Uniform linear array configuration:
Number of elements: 24
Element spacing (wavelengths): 0.25
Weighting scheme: hann
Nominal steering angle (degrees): -30
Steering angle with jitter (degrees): -29.597
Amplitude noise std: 0.05
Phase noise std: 0.05

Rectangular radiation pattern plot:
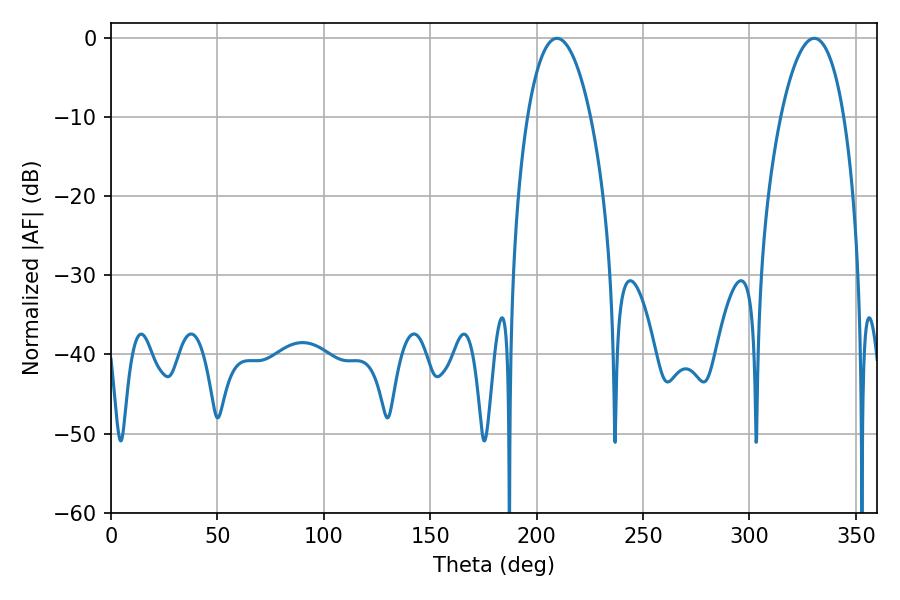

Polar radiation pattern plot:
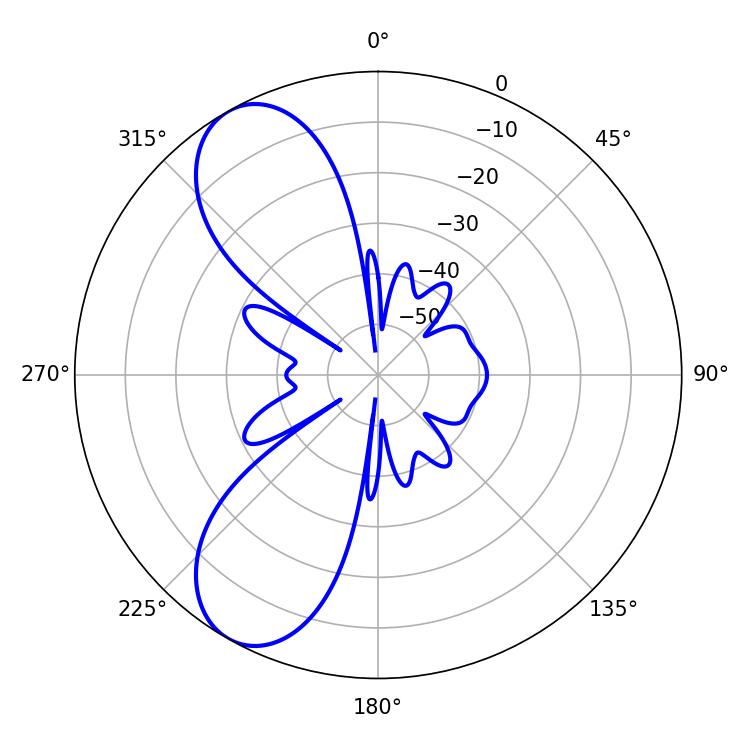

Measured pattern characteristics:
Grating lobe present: FALSE
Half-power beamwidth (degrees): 16.56
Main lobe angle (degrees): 209.52